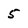
Character: 5